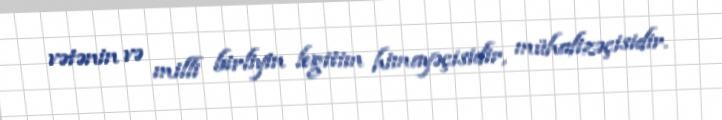
vətənin və milli birliyin legitim himayəçisidir, mühafizəçisidir.